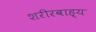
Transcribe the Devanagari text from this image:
शरीरबाह्य